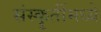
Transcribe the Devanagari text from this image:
संस्कॄतींमध्ये